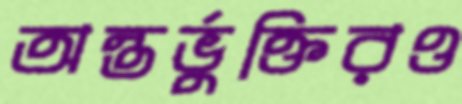
অন্তর্ভুক্তিরও